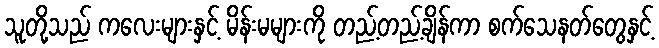
သူတို့သည် ကလေးများနှင့် မိန်းမများကို တည့်တည့်ချိန်ကာ စက်သေနတ်တွေနှင့်